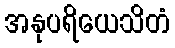
အနုပရိယေသိတံ